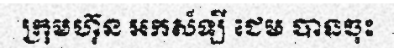
ក្រុមហ៊ុន អកស៍ឡី ជេម បានចុះ